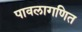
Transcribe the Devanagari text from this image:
पावलागणित